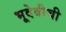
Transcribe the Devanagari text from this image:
भूदेवीची